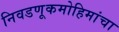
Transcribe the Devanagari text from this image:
निवडणूकमोहिमांचा